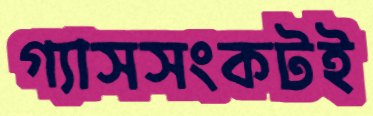
গ্যাসসংকটই